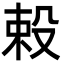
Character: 𬆥